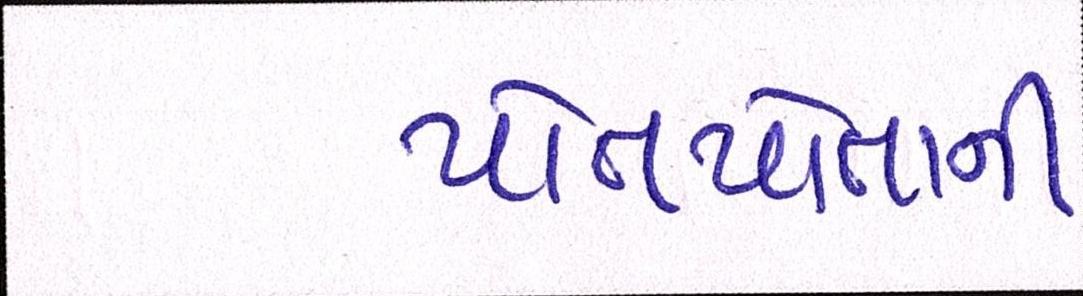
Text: પોતપોતાની